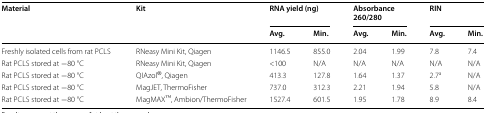
| <ROWSPAN=2> Material | <ROWSPAN=2> Kit | <COLSPAN=2> RNA yield (ng) | <COLSPAN=2> Absorbance 260/280 | <COLSPAN=2> RIN |
 | Avg. | Min. | Avg. | Min. | Avg. | Min. |
 | --- | --- | --- | --- | --- | --- | --- | --- |
 | Freshly isolated cells from rat PCLS | RNeasy Mini Kit, Qiagen | 1146.5 | 855.0 | 2.04 | 1.99 | 7.8 | 7.4 |
 | Rat PCLS stored at −80 °C | RNeasy Mini Kit, Qiagen | <100 | N/A | N/A | N/A | N/A | N/A |
 | Rat PCLS stored at −80 °C | QIAzol®, Qiagen | 413.3 | 127.8 | 1.64 | 1.37 | 2.7a | N/A |
 | Rat PCLS stored at −80 °C | MagJET, ThermoFisher | 737.0 | 312.3 | 2.21 | 1.94 | 5.8 | N/A |
 | Rat PCLS stored at −80 °C | MagMAXTM, Ambion/ThermoFisher | 1527.4 | 601.5 | 1.95 | 1.78 | 8.9 | 8.4 |